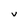
Character: v